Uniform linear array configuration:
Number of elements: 48
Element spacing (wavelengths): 0.5
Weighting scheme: cosine
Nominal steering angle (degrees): -60
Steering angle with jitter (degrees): -59.917
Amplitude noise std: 0.05
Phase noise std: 0.05

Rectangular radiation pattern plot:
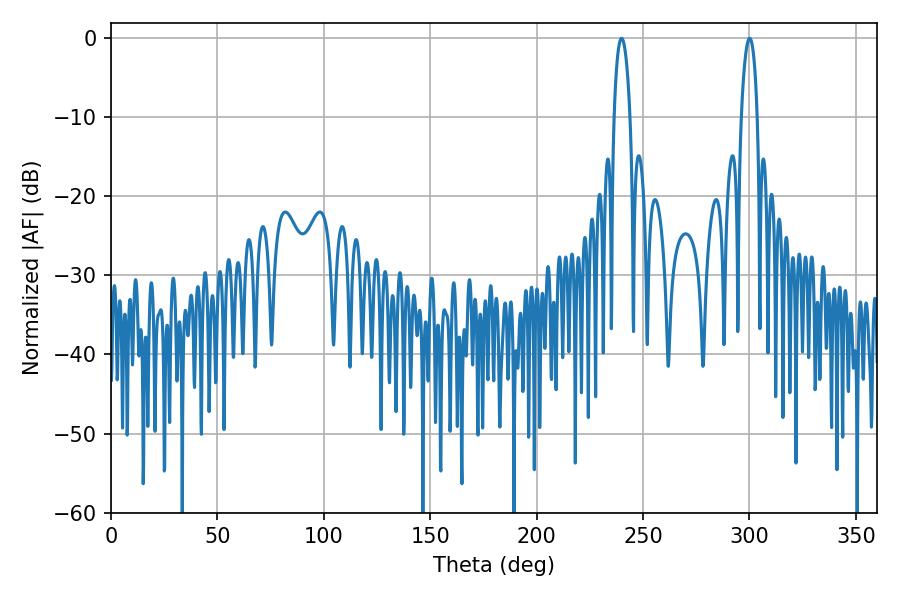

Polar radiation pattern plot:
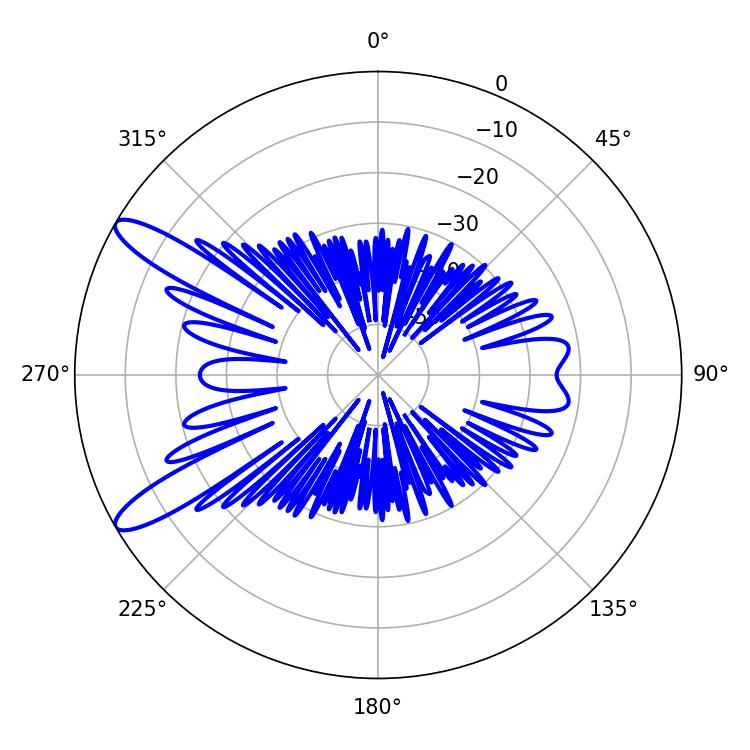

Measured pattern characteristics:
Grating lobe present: FALSE
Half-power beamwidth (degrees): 4.32
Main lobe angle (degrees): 300.06